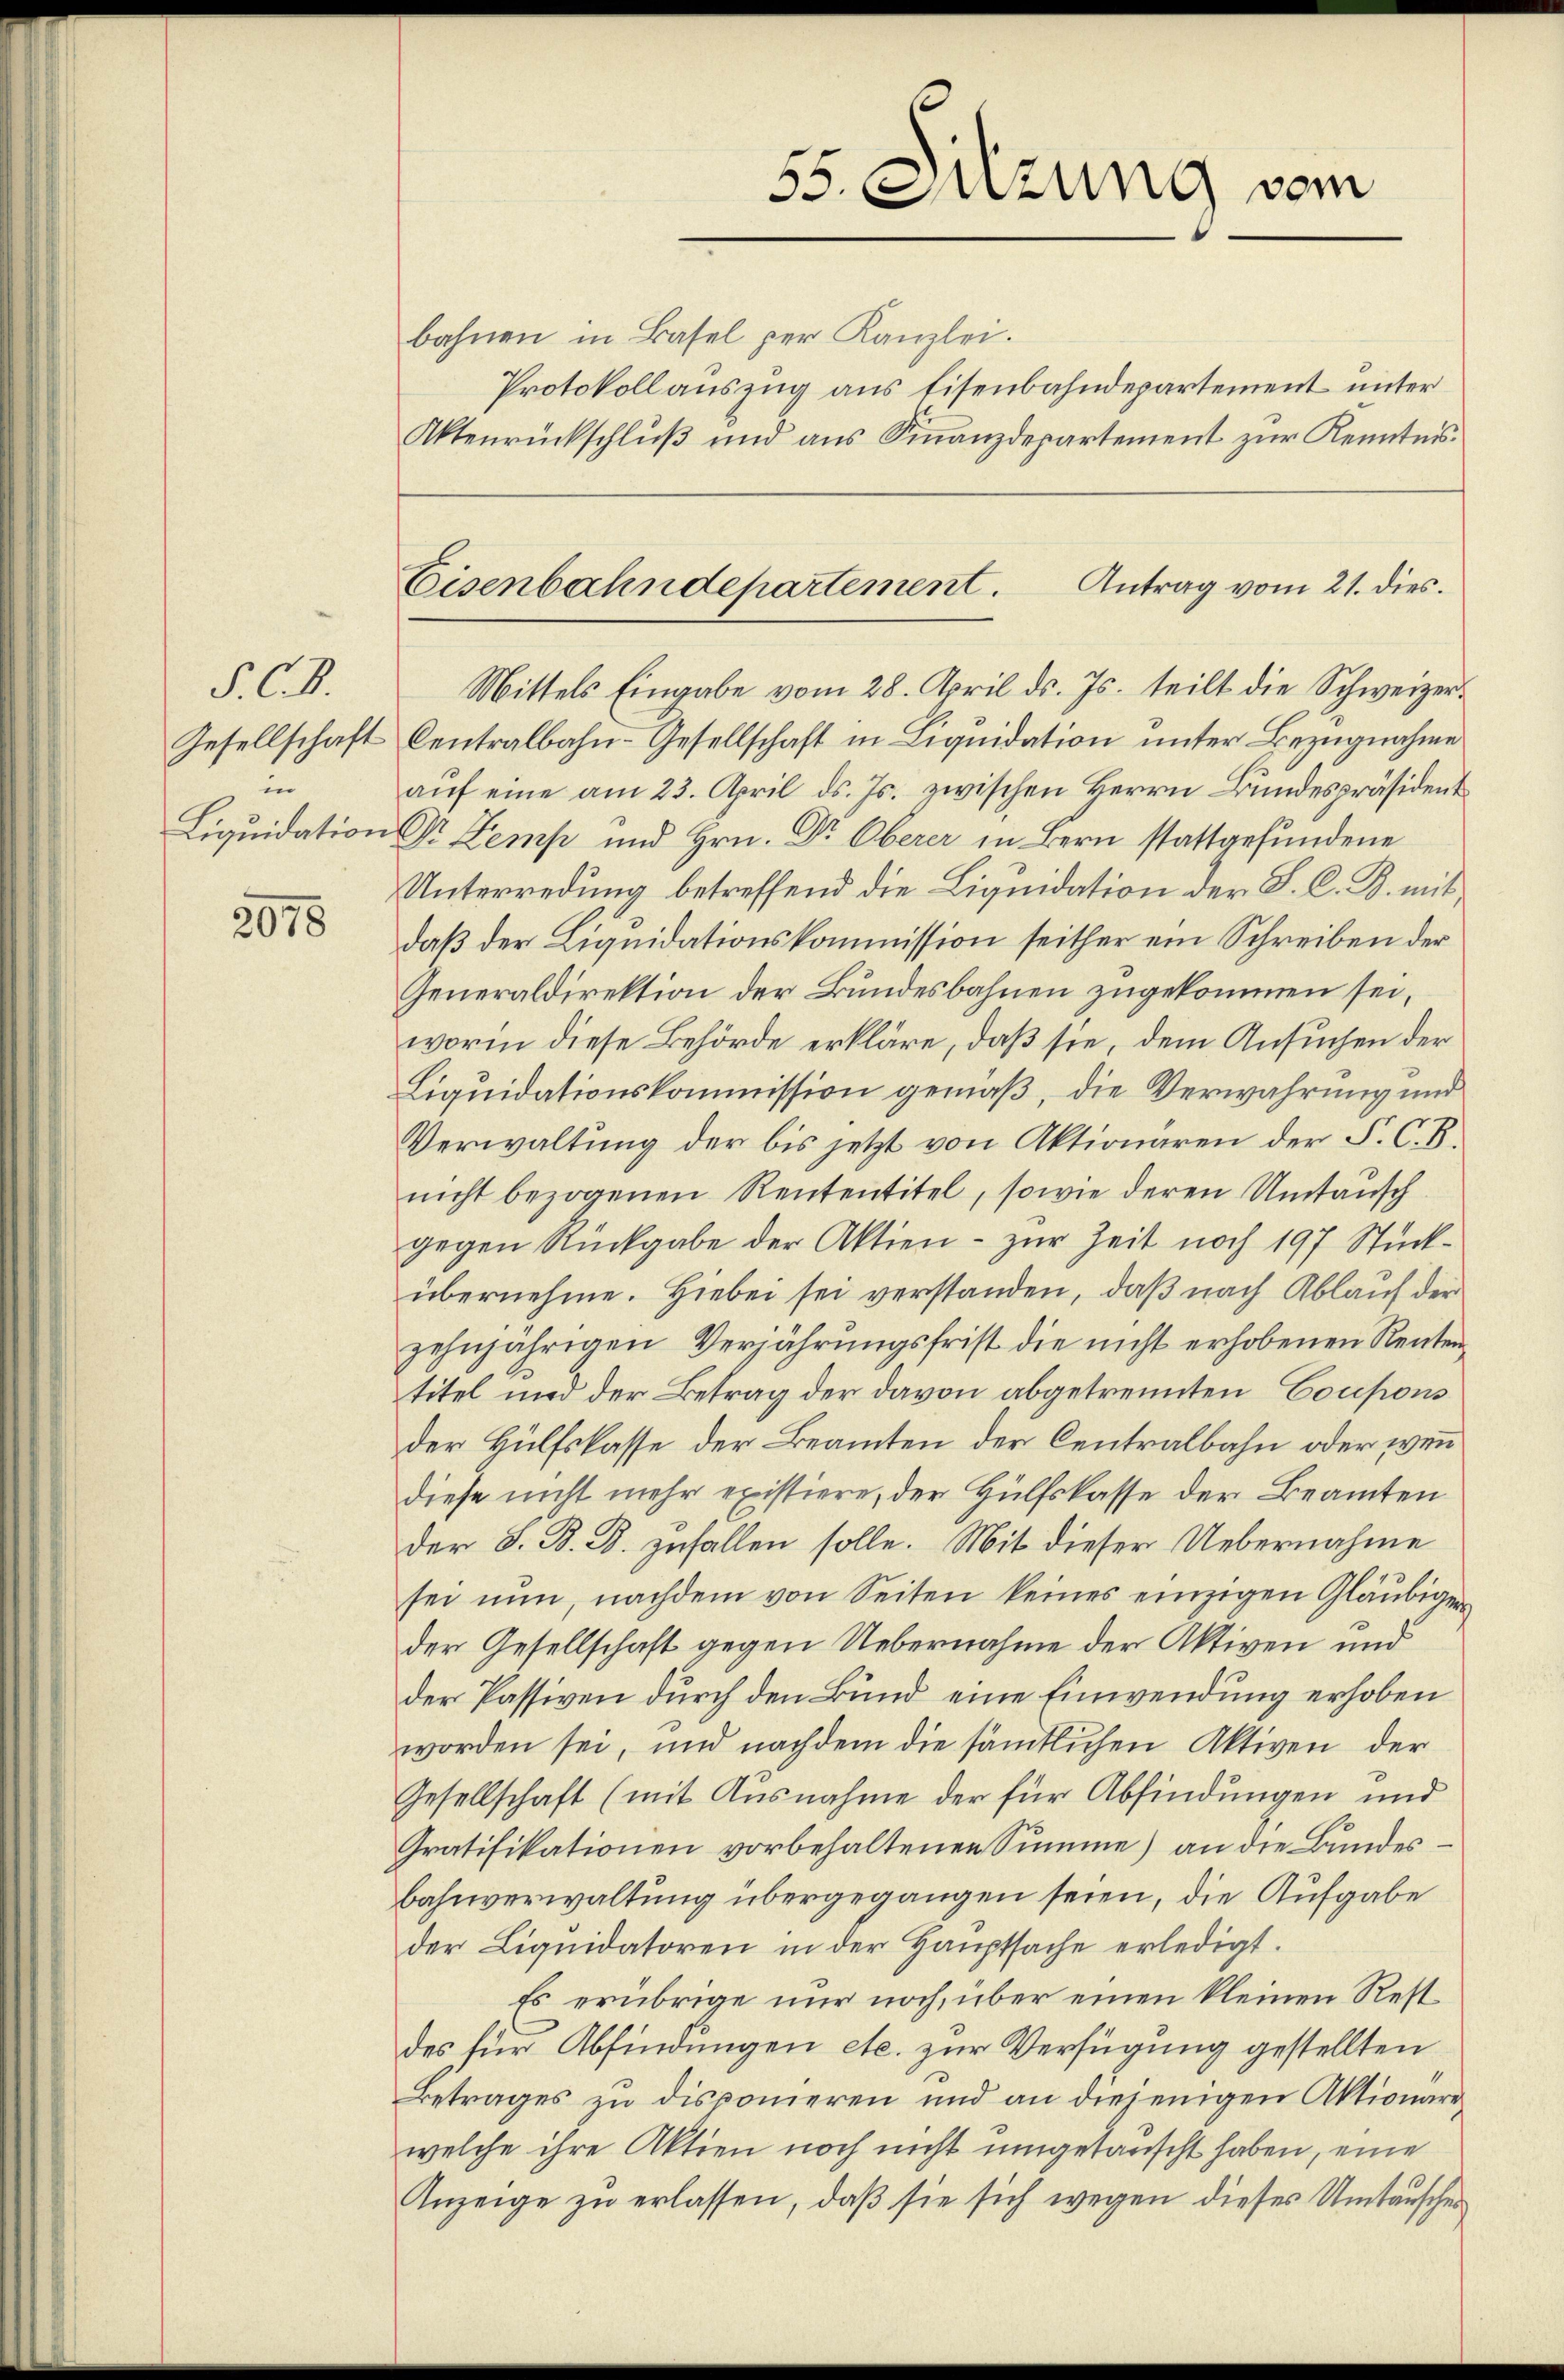
F. C.
in
Liquidation

2078

bahnen in Basel per Kanzlei.
Protokoll auszug aus Eisenbahndepartement unter
Aktenrückschluß und aus Finanzdepartement zur Kenntnis.

55. Sitzung vom

Eisenbahndepartement. Antrag vom 21. dies

Mittels Eingabe vom 28. April ds. Js. teilt die Schweizer¬
Gesellschaft Centralbahn-Gesellschaft in Liquidation unter Bezugnahme
aŭf eine am 23. April d. Js. zwischen Herrn Bŭndespräsident
Dr Lemp und Hrn. Dr. Oberer in Bern stattgefundene
Unterredung betreffend die Liquidation der S. C. R. mit
daß der Liquidationskommission seither ein Schreiben der
Generaldirektion der Bundesbahnen zugekommen sei,
worin diese Behörde erkläre, daß sie, dem Ansuchen der
Liquidationskommission gemäß, die Verwahrung und
Verwaltung der bis jetzt von Aktionären der F. C. B.
nicht bezogenen Rententitel, sowie deren Umtausch
gegen Rückgabe der Aktien - zur Zeit noch 197 Stückübernehme. Hiebei sei verstanden, daß nach Ablauf der
zehnjährigen Verjährungsfrist die nicht erhobenen Rententitel und der Betrag der davon abgetrennten Coupons
der Hülfskasse der Beamten der Centralbahn oder wenn
diese nicht mehr existiere, der Hülfskasse der Beamten
der S. B. B. zufallen solle. Mit dieser Uebernahme
sei nŭn, nachdem von Seiten keines einzigen Gläubigen
der Gesellschaft gegen Uebernahme der Aktiven und
der Passiven durch den Bund eine Einwendung erhoben
worden sei, und nachdem die sämtlichen Aktiven der
Gesellschaft (mit Ausnahme der für Abfindungen und
Gratifikationen vorbehaltenen Summe) an die Bundesbahnverwaltung übergegangen seien, die Aufgabe
der Liquidatoren in der Hauptsache erledigt.
Es erübrige nur noch, über einen kleinen Restdes für Abfindungen etc. zur Verfügung gestellten
Betrages zu disponieren und an diejenigen Aktionariwelche ihre Aktien noch nicht umgetauscht haben, eine
Anzeige zu erlassen, daß sie sich wegen dieses Umtauschen